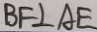
B F \bot A E